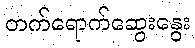
တက်ရောက်ဆွေးနွေး